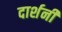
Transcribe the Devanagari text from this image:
दार्शनी